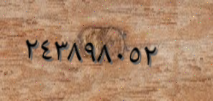
٢٤٣٨٩٨٠٥٢